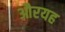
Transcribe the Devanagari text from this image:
औरयह